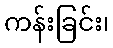
ကန်းခြင်း၊